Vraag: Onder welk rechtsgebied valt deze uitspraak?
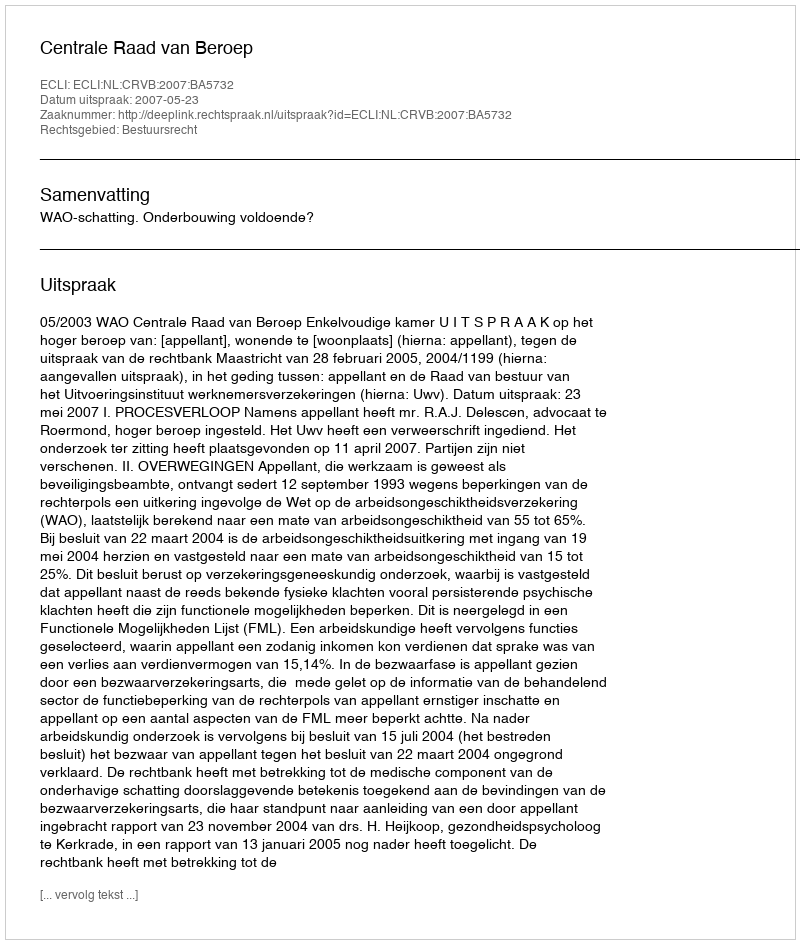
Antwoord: Bestuursrecht